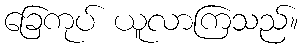
ခြေကုပ် ယူလာကြသည်။